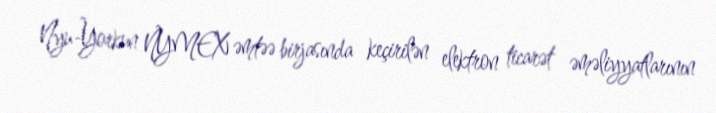
Nyu-Yorkun NYMEX əmtəə birjasında keçirilən elektron ticarət əməliyyatlarının